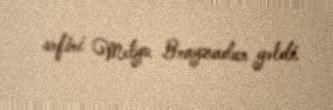
səfiri Metyu Brayzadan gəldi.